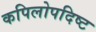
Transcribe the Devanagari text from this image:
कपिलोपदिष्ट